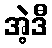
အဲ့ဒီ